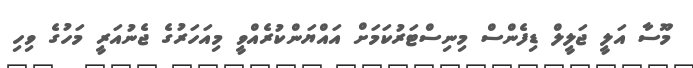
މޫސާ އަލީ ޖަލީލް ޑިފެންސް މިނިސްޓަރުކަމަށް އައްޔަންކުރެއްވީ މިއަހަރުގެ ޖެނުއަރީ މަހުގެ ވިހި